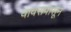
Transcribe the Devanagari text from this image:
वावरापासून